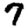
Digit: 7